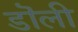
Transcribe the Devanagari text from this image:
डॊली